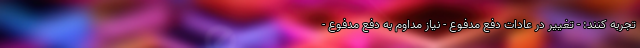
تجربه کنند: - تغییر در عادات دفع مدفوع - نیاز مداوم به دفع مدفوع -